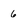
Character: 6